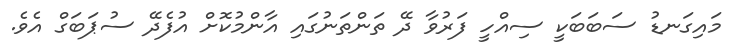
މައިގަނޑު ސަބަބަކީ ސިއްހީ ފަރުވާ ދޭ ތަންތަނުގައި އާންމުކޮށް އުފެދޭ ސުޕަބަގް އެވެ.